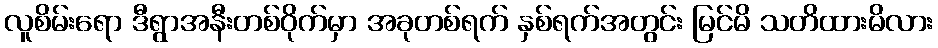
လူစိမ်းရော ဒီရွာအနီးတစ်ဝိုက်မှာ အခုတစ်ရက် နှစ်ရက်အတွင်း မြင်မိ သတိထားမိလား